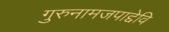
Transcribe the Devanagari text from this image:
गुरुनामजपाद्देवि